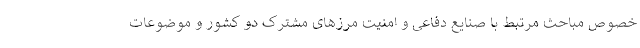
خصوص مباحث مرتبط با صنایع دفاعی و امنیت مرزهای مشترک دو کشور و موضوعات